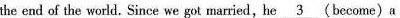
the end of the world. Since we got married,he \underline{3}(become)a